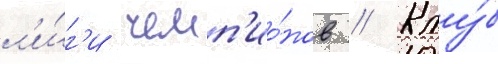
л'и́г'и чемп'ио́нов // Клу́б